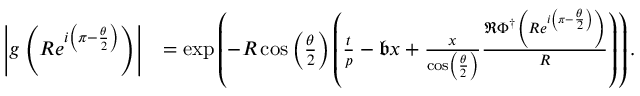
\begin{array} { r l } { \left| g \left( R e ^ { i \left( \pi - \frac { \theta } { 2 } \right) } \right) \right| } & { = \exp \left( - R \cos \left( \frac { \theta } { 2 } \right) \left( \frac { t } { p } - \mathfrak { b } x + \frac { x } { \cos \left( \frac { \theta } { 2 } \right) } \frac { \Re \Phi ^ { \dagger } \left( R e ^ { i \left( \pi - \frac { \theta } { 2 } \right) } \right) } { R } \right) \right) . } \end{array}